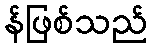
န်ဖြစ်သည်